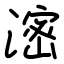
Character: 滵